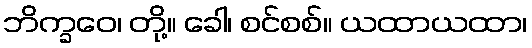
ဘိက္ခဝေ၊ တို့။ ခေါ၊ စင်စစ်။ ယထာယထာ၊